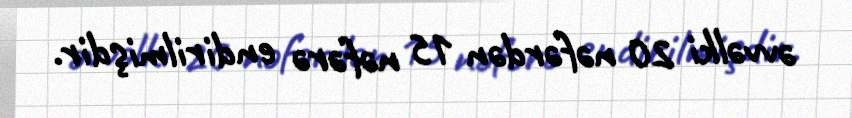
əvvəlki 20 nəfərdən 15 nəfərə endirilmişdir.